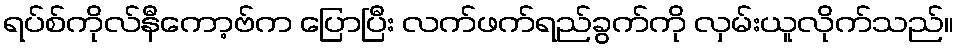
ရပ်စ်ကိုလ်နီကော့ဗ်က ပြောပြီး လက်ဖက်ရည်ခွက်ကို လှမ်းယူလိုက်သည်။